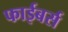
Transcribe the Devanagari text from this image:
फाईबर्स